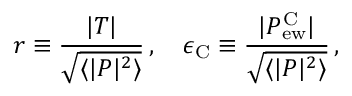
r \equiv \frac { | T | } { \sqrt { \langle | P | ^ { 2 } \rangle } } \, , \quad \epsilon _ { \mathrm { C } } \equiv \frac { | P _ { \mathrm { e w } } ^ { \mathrm { C } } | } { \sqrt { \langle | P | ^ { 2 } \rangle } } \, ,